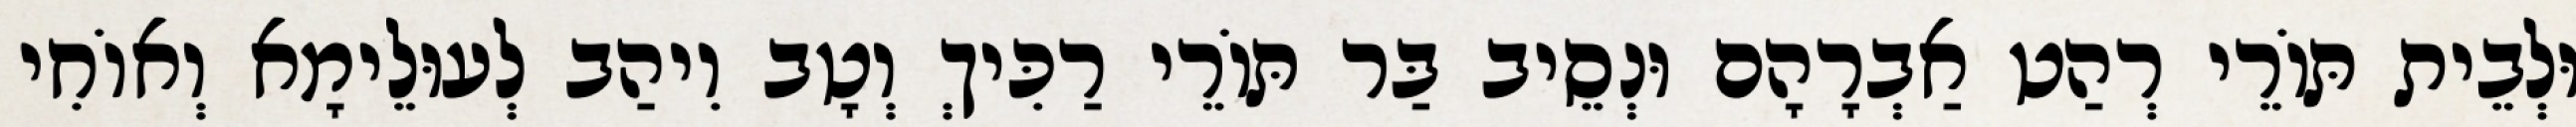
וּלְבֵית תּוֹרֵי רְהַט אַבְרָהָם וּנְסֵיב בַּר תּוֹרֵי רַכִּיךְ וְטָב וִיהַב לְעוּלֵימָא וְאוֹחִי